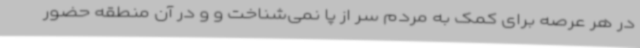
در هر عرصه‌ برای کمک به مردم سر از پا نمی‌شناخت و و در آن منطقه حضور